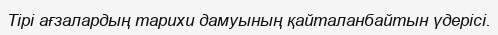
Тірі ағзалардың тарихи дамуының қайталанбайтын үдерісі.